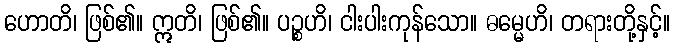
ဟောတိ၊ ဖြစ်၏။ ဣတိ၊ ဖြစ်၏။ ပဉ္စဟိ၊ ငါးပါးကုန်သော။ ဓမ္မေဟိ၊ တရားတို့နှင့်။